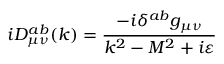
i D _ { \mu \nu } ^ { a b } ( k ) = \frac { - i \delta ^ { a b } g _ { \mu \nu } } { k ^ { 2 } - M ^ { 2 } + i \varepsilon }